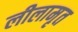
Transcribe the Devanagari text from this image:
लीलामृत